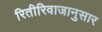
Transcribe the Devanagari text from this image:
रितीरिवाजानुसार